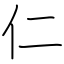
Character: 仁